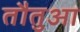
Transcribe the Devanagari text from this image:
तौतुआ